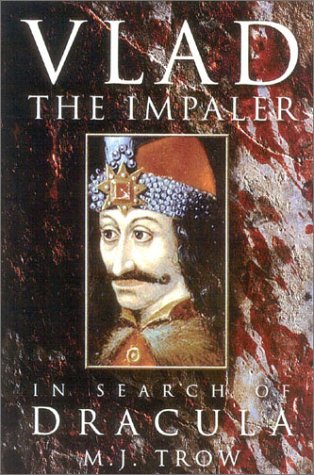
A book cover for Vlad the Impaler: In Search of the Real Dracula; M. J Trow; History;